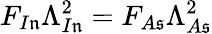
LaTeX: F_{I\mathfrak{n}}\Lambda_{I\mathfrak{n}}^{2}=F_{A\mathfrak{s}}\Lambda_{A\mathfrak{s}}^{2}